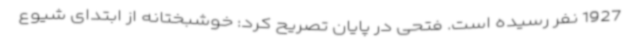
1927 نفر رسیده است. فتحی در پایان تصریح کرد: خوشبختانه از ابتدای شیوع